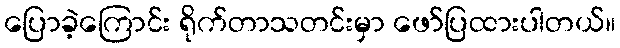
ပြောခဲ့ကြောင်း ရိုက်တာသတင်းမှာ ဖော်ပြထားပါတယ်။